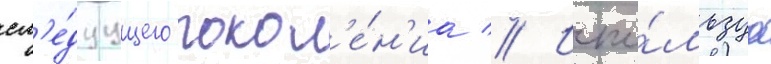
сл'е́дуущего покол'е́н'иа // Испо́льзуа